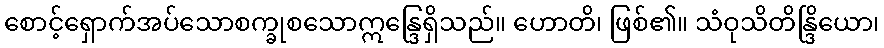
စောင့်ရှောက်အပ်သောစက္ခုစသောဣန္ဒြေရှိသည်။ ဟောတိ၊ ဖြစ်၏။ သံဝုသိတိန္ဒြိယော၊